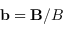
\mathbf { b } = \mathbf { B } / B